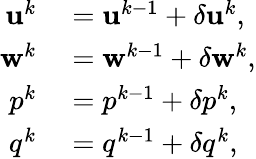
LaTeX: \begin{array}{rl}{\mathbf{u}^{k}}&{{}=\mathbf{u}^{k-1}+\delta\mathbf{u}^{k},}\\ {\mathbf{w}^{k}}&{{}=\mathbf{w}^{k-1}+\delta\mathbf{w}^{k},}\\ {p^{k}}&{{}=p^{k-1}+\delta p^{k},}\\ {q^{k}}&{{}=q^{k-1}+\delta q^{k},}\end{array}